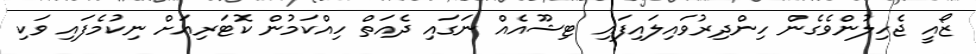
ޒޯއީ ޖެހިލުންވެގެން ހިންދިރުވައިލައިފައި ޓިޝޫއެއް ނަގައި ދެއަތް ހިއްކަމުން ކޮޓަރިއަށް ނިކުމެފައި ވަކި